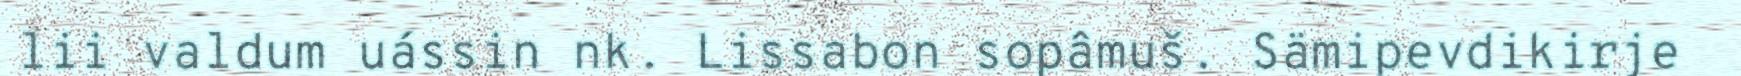
lii valdum uássin nk. Lissabon sopâmuš. Sämipevdikirje